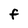
Character: f